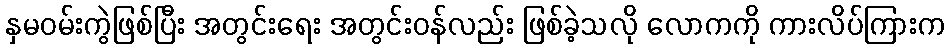
နှမဝမ်းကွဲဖြစ်ပြီး အတွင်းရေး အတွင်းဝန်လည်း ဖြစ်ခဲ့သလို လောကကို ကားလိပ်ကြားက